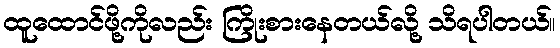
ထူထောင်ဖို့ကိုလည်း ကြိုးစားနေတယ်လို့ သိရပါတယ်။